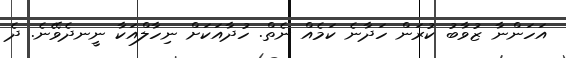
އަހަންނާ ޒުވާބު ކުރަން ހަދާނެ ކަމެއް ނެތް. ހުދާއަކަށް ނިހާލްއަކާ ނީނދެވޭނެ. ދެ